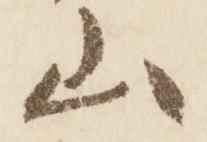
山